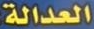
العدالة: